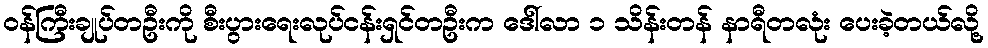
ဝန်ကြီးချုပ်တဦးကို စီးပွားရေးလုပ်ငန်းရှင်တဦးက ဒေါ်လာ ၁ သိန်းတန် နာရီတလုံး ပေးခဲ့တယ်လို့